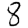
Digit: 8